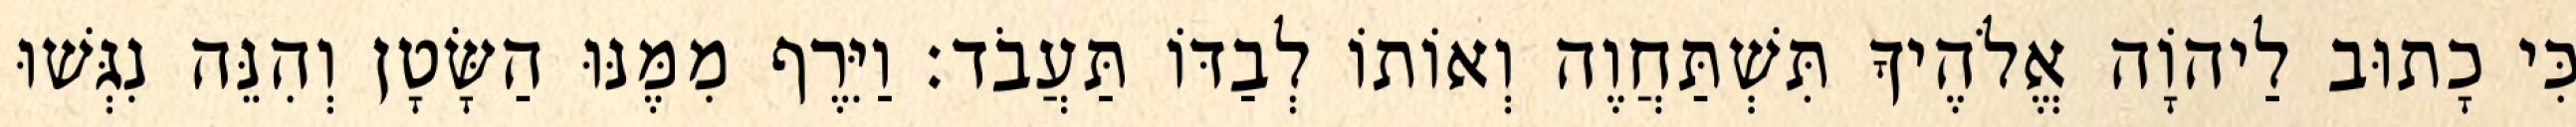
כִּי כָתוּב לַיהוָֹה אֱלֹהֶיךָ תִּשְׁתַּחֲוֶה וְאוֹתוֹ לְבַדּוֹ תַּעֲבֹד׃ וַיִּרֶף מִמֶּנּוּ הַשָּׂטָן וְהִנֵּה נִגְּשׁוּ